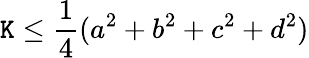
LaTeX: \mathtt{K}\leq{\frac{{1}}{{4}}}(a^{2}+b^{2}+c^{2}+d^{2})